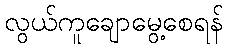
လွယ်ကူချောမွေ့စေရန်